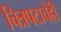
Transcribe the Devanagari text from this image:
चित्रपटाचेही